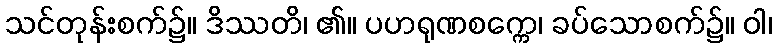
သင်တုန်းစက်၌။ ဒိဿတိ၊ ၏။ ပဟရုဏစက္ကေ၊ ခပ်သောစက်၌။ ဝါ၊